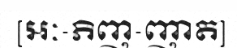
[អៈ-ភិញ-ញាត]